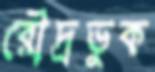
রৌদ্রভুক